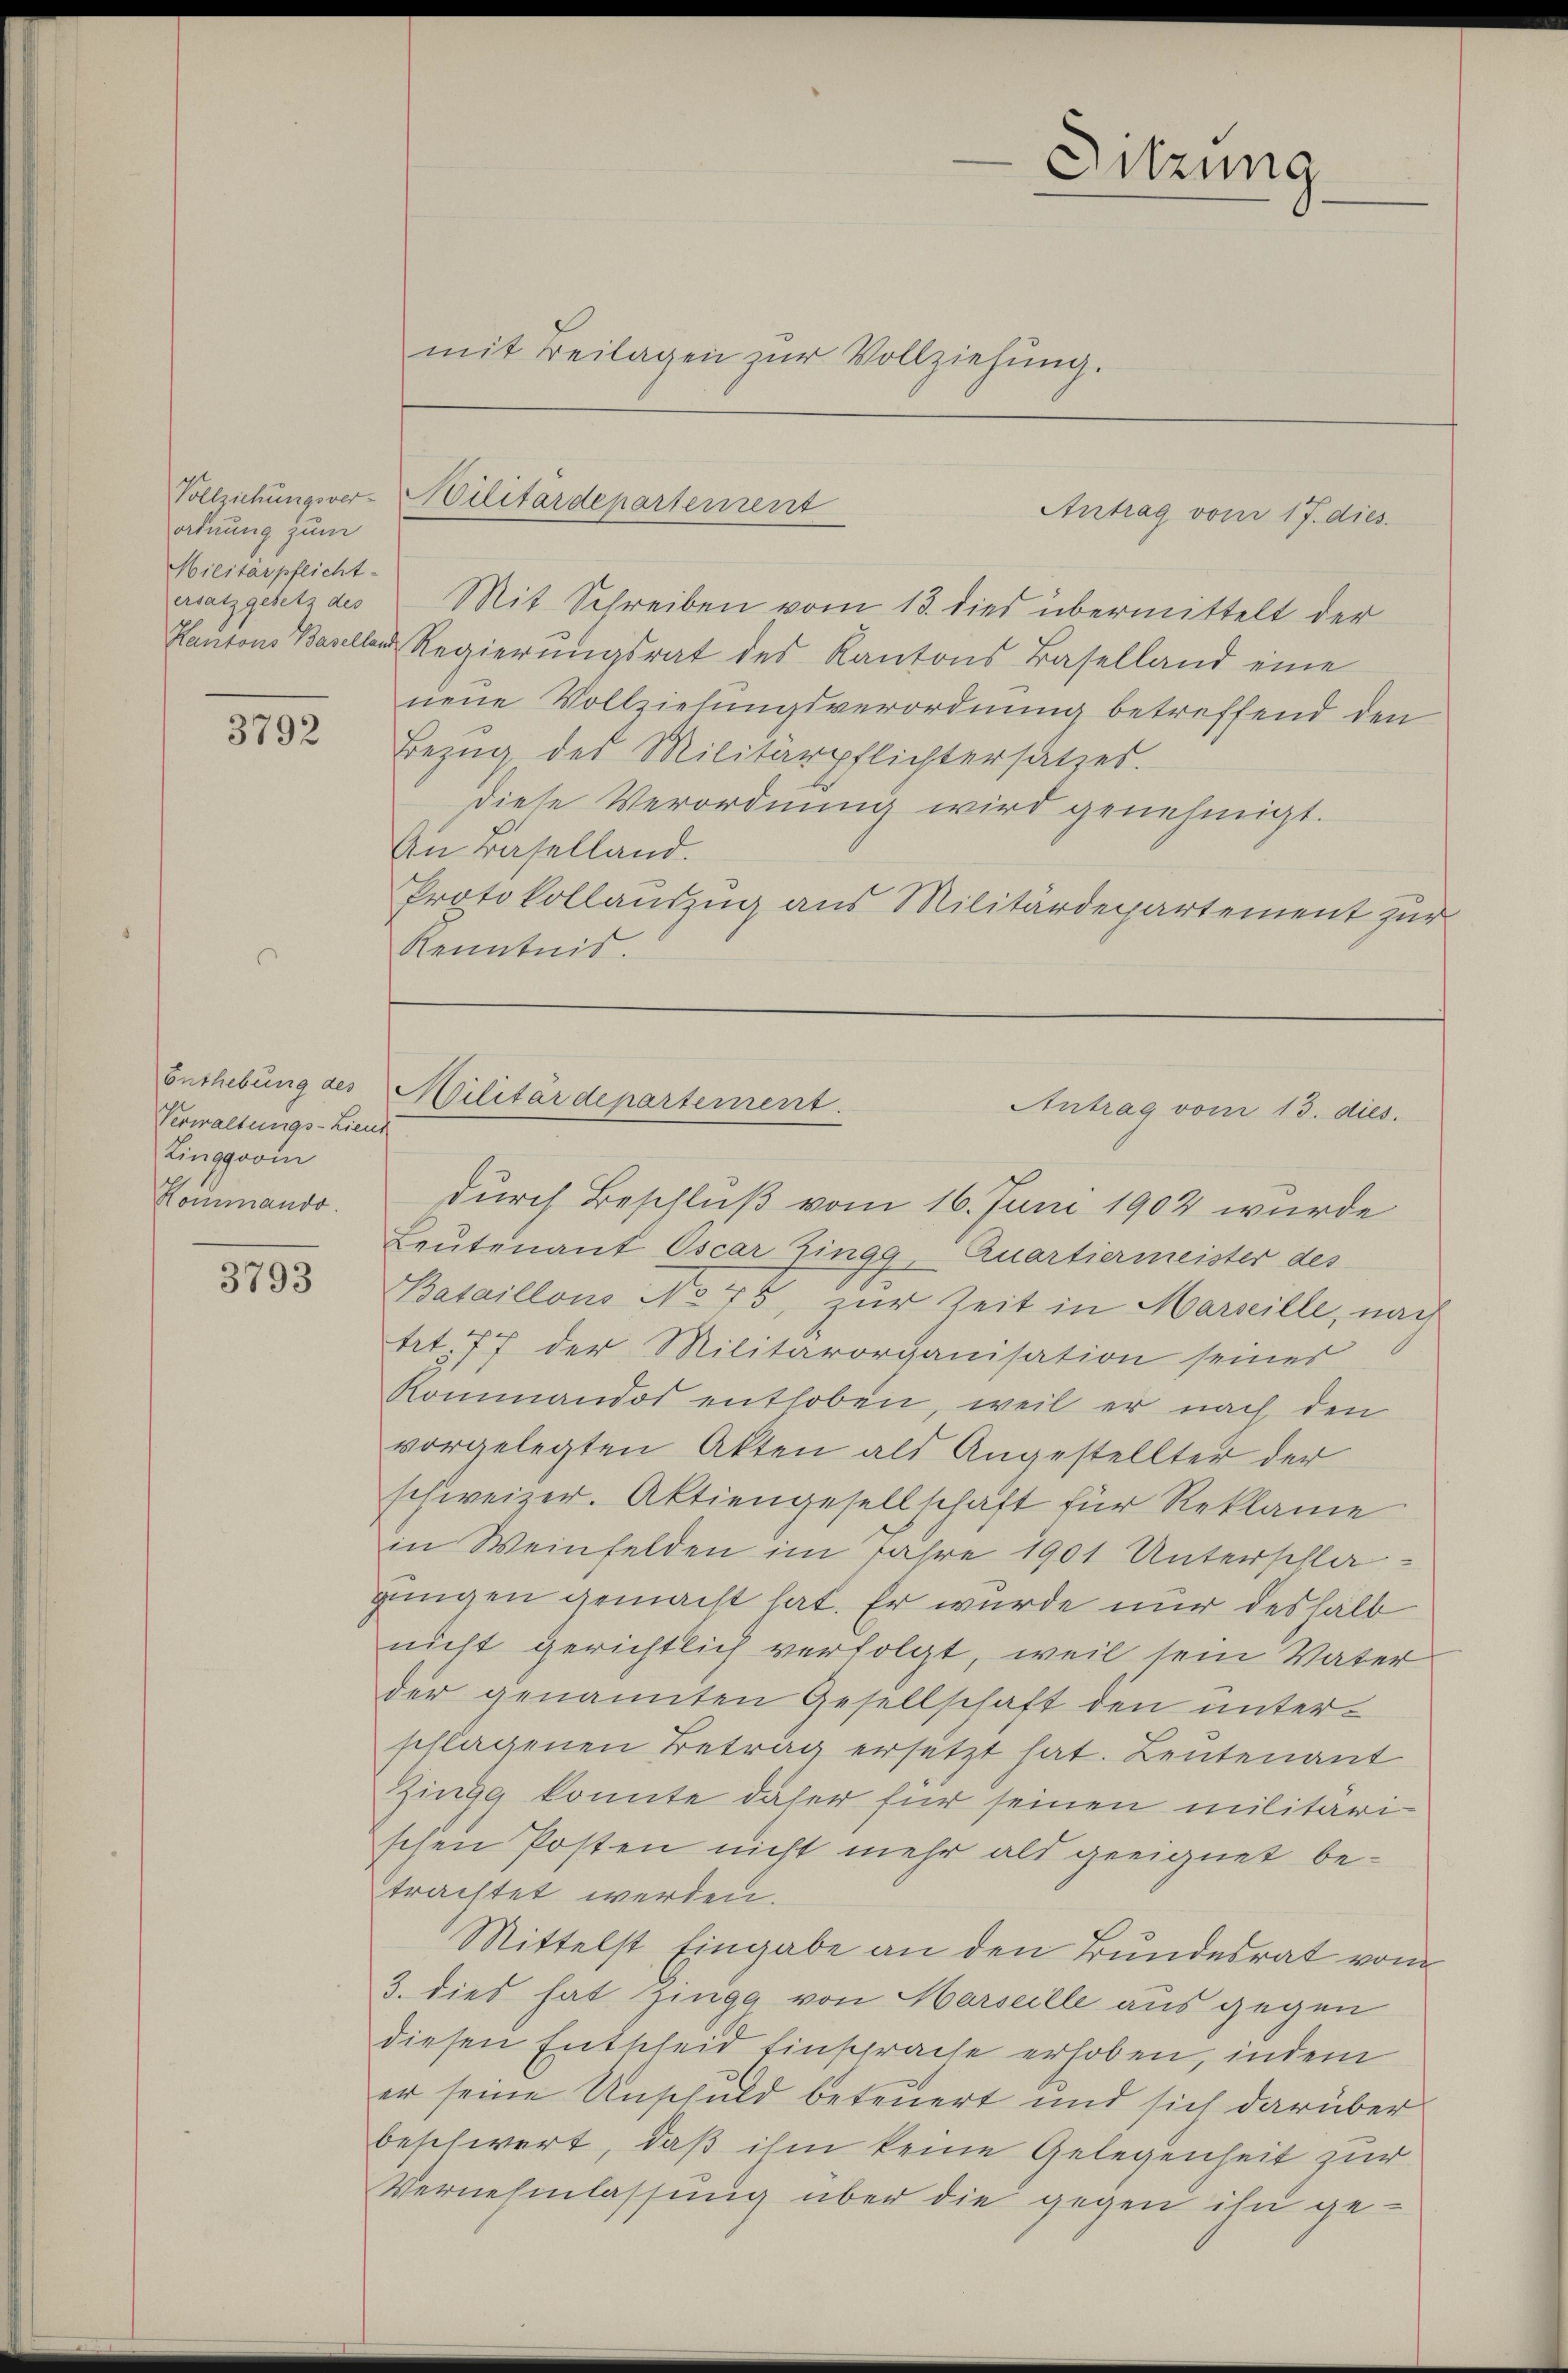
ordnung zum
Militärpflicht
ersatz gesetz des
Kantons Basellan

3792

Enthebung des
Verwaltungs-Lieut
Linggovin
Kommando.

3793

mit Beilagen zŭr Vollziehung.

Sitzung

Mit Schreiben vom 13. dies übermittelt der
d Regierŭngsrat des Kantons Baselland eine
neue Vollziehungsverordnung betreffend den
Bezŭg des Militärpflichtersatzes.
diese Verordnung wird genehmigt.
An Baselland.
Protokollauszug aus Militärdepartement zur
Kenntnis.

Vollziehungsver-Militärdepartement
Antrag vom 17. dies

durch Beschluß vom 16. Juni 1902 wurde
Leutenant Oscar Zingg, Quartiermeister des
Bataillons No 75, zur Zeit in Marseille, nach
trt. 77 der Militärorganisation seiner
Kommandot enthoben, weil er nach den
vorgelegten Akten als Angestellter der
schweizer. Aktiengesellschaft für Reklamie
in Weinfelden im Jahre 1901 Unterschlagingen gemacht hat. Er wurde nur deshalb
nicht gerichtlich verfolgt, weil sein Vater
der genannten Gesellschaft den unterschlagenen Betrag ersetzt hat. Leutenant
Zingg konnte daher für seinen militarischen Posten nicht mehr als geeignet betrachtet werden.
Mittelst Eingabe an den Bundesrat vom
3. dies hat Zinge von Marseille aus gegen
diesen Entscheid Einsprache erhoben, indem
er seine Unschuld beteuert und sich darüber
beschwert, daß ihm keine Gelegenheit zur
Vernehmlassung über die gegen ihn ge¬

Militärdepartement.
Antrag vom 13. dies